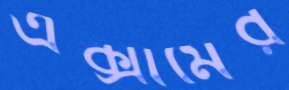
এক্সামের